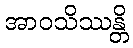
အာဝသိဿန္တိ